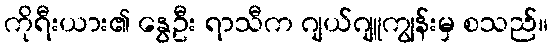
ကိုရီးယား၏ နွေဦး ရာသီက ဂျယ်ဂျူကျွန်းမှ စသည်။